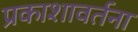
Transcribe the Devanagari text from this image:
प्रकाशावर्तना